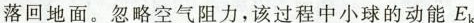
落回地面。忽略空气阻力，该过程中小球的动能E_{K}